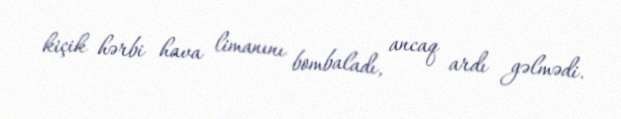
kiçik hərbi hava limanını bombaladı, ancaq ardı gəlmədi.